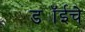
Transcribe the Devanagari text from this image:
ड्यॉईचे